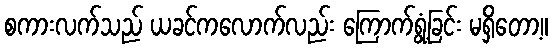
စကားလက်သည် ယခင်ကလောက်လည်း ကြောက်ရွံ့ခြင်း မရှိတော့။